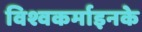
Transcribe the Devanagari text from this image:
विश्वकर्माइनके